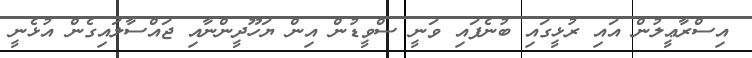
އިސްރާޢީލުން އައި ރުޅީގައި ބުނެފައި ވަނީ ސްވީޑުން އިން ޔަހޫދީންނާއި ޖައްސާލައިގެން އުޅެނީ